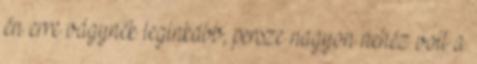
én erre vágynék leginkább, persze nagyon nehéz volt a